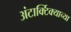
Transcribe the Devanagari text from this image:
अंटार्क्टिक्याच्या